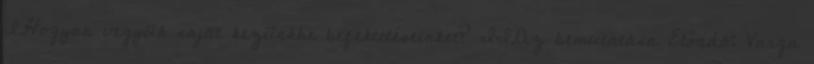
I.Hogyan vegyük saját kezünkbe befektetéseinket? II.Az bemutatása Előadó: Varga